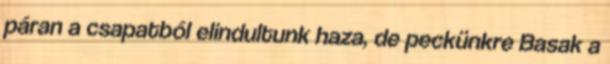
páran a csapatból elindultunk haza, de peckünkre Basak a